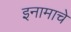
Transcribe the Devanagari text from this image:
इनामाचे